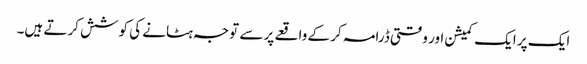
ایک پر ایک کمیشن اور وقتی ڈرامہ کر کے واقعے پر سے توجہ ہٹانے کی کوشش کرتے ہیں۔